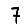
Digit: 7